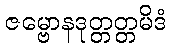
ဇမ္ဗောနဒုတ္တတ္တမိဒံ